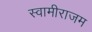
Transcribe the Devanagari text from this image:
स्वामीराजम